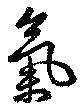
氣